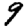
Digit: 9